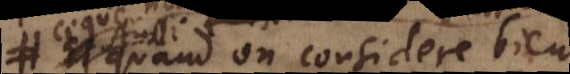
Aussi quand on considere bien